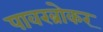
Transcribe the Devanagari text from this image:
पावरब्रोकर